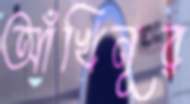
আঁখিনূর